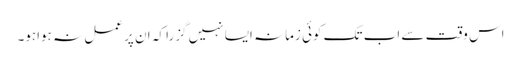
اس وقت سے اب تک کوئی زمانہ ایسا نہیں گزرا کہ ان پر عمل نہ ہواہو۔